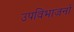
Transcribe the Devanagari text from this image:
उपविभाजनों